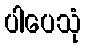
ပါပေသုံ